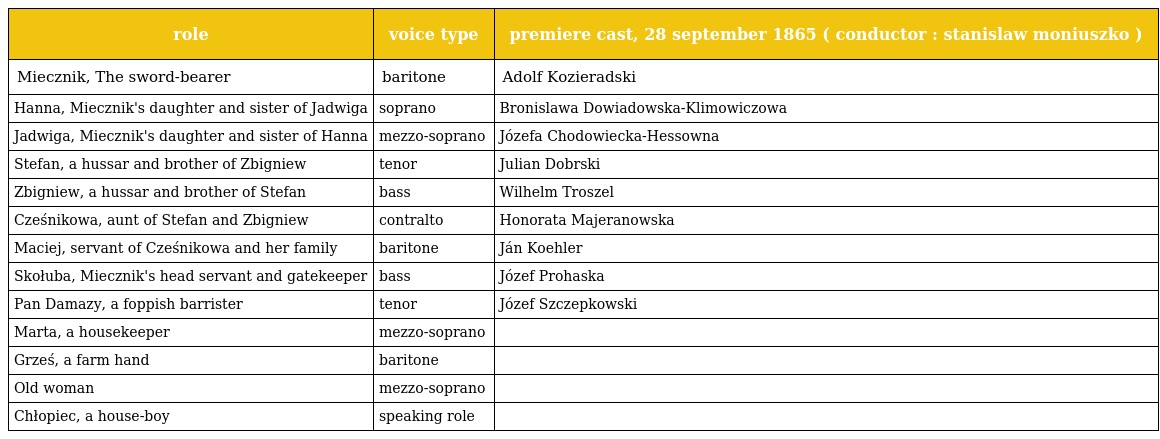
| role | voice type | premiere cast, 28 september 1865 ( conductor : stanislaw moniuszko ) |
 | --- | --- | --- |
 | Miecznik, The sword-bearer | baritone | Adolf Kozieradski |
 | Hanna, Miecznik's daughter and sister of Jadwiga | soprano | Bronislawa Dowiadowska-Klimowiczowa |
 | Jadwiga, Miecznik's daughter and sister of Hanna | mezzo-soprano | Józefa Chodowiecka-Hessowna |
 | Stefan, a hussar and brother of Zbigniew | tenor | Julian Dobrski |
 | Zbigniew, a hussar and brother of Stefan | bass | Wilhelm Troszel |
 | Cześnikowa, aunt of Stefan and Zbigniew | contralto | Honorata Majeranowska |
 | Maciej, servant of Cześnikowa and her family | baritone | Ján Koehler |
 | Skołuba, Miecznik's head servant and gatekeeper | bass | Józef Prohaska |
 | Pan Damazy, a foppish barrister | tenor | Józef Szczepkowski |
 | Marta, a housekeeper | mezzo-soprano |  |
 | Grześ, a farm hand | baritone |  |
 | Old woman | mezzo-soprano |  |
 | Chłopiec, a house-boy | speaking role |  |